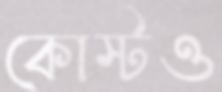
কোস্টও